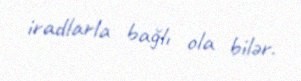
iradlarla bağlı ola bilər.